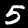
Digit: 5